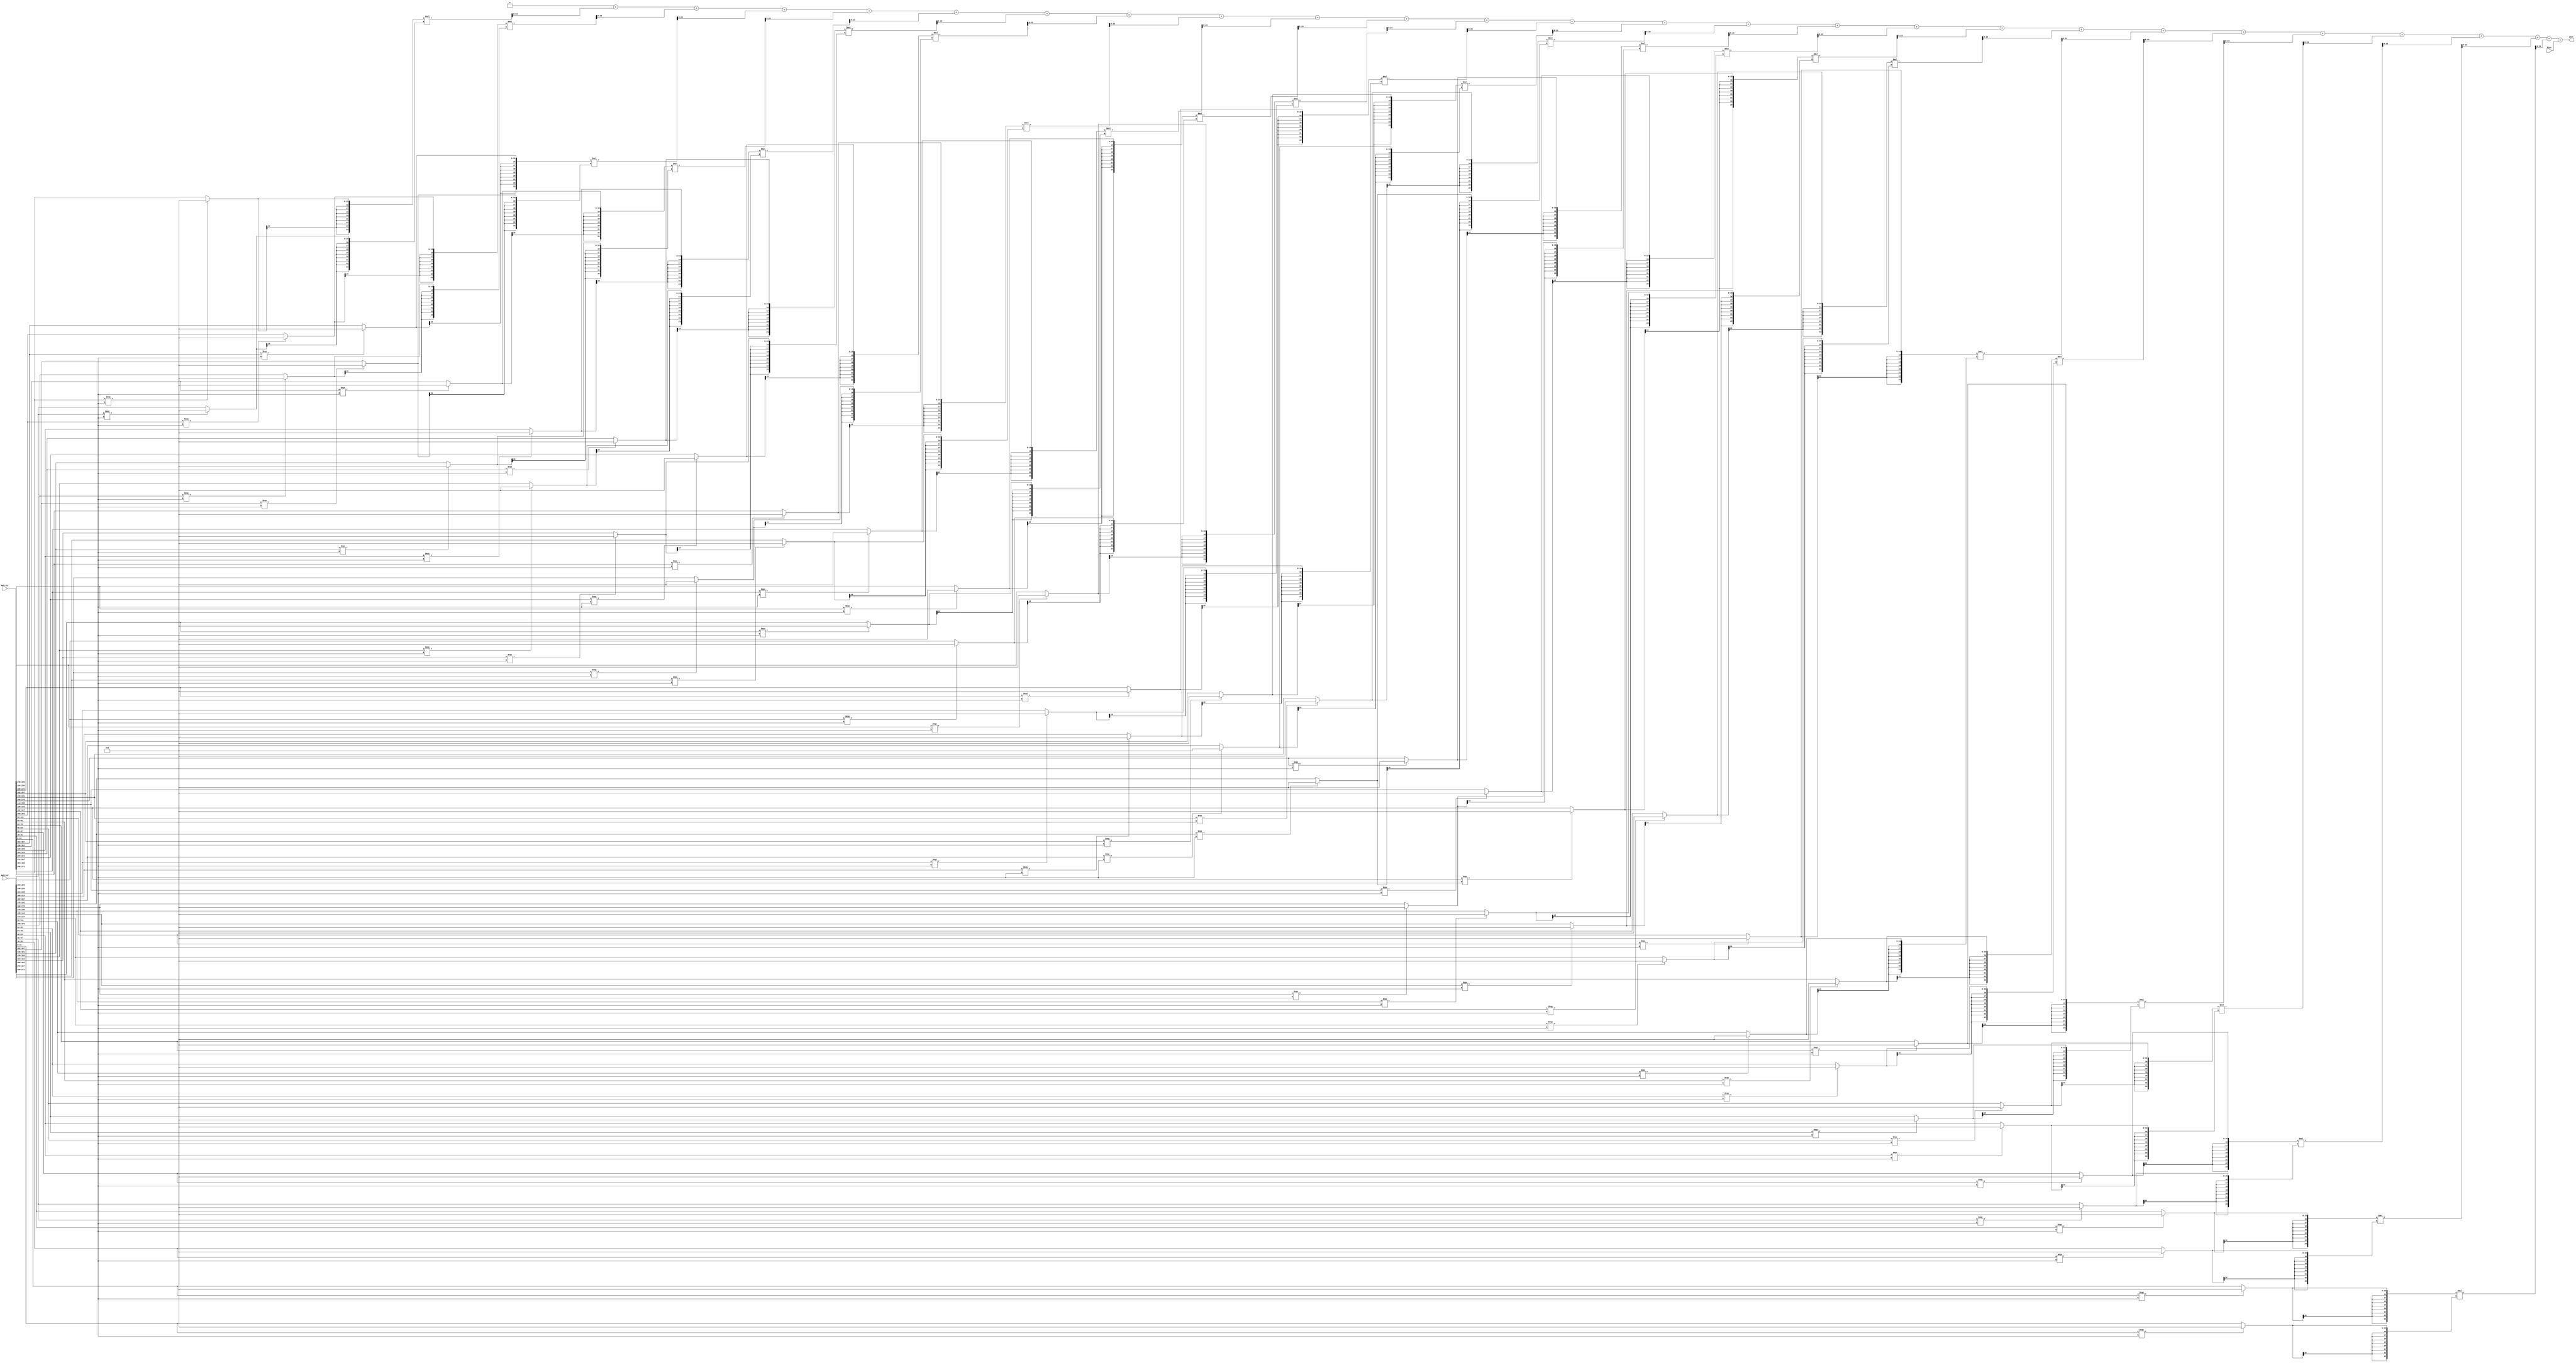
`timescale 1ns / 1ps

`define LENGTH 5
`define WIDTH 5
`define DATA_SIZE 16

module multi_add(
    matrix1, matrix2, bias, dout
    );
    // Inputs
    input signed [`DATA_SIZE*`LENGTH*`WIDTH-1:0] matrix1;
    input signed [`DATA_SIZE*`LENGTH*`WIDTH-1:0] matrix2;
    input signed[`DATA_SIZE-1:0] bias;

    // Output
    output [`DATA_SIZE-1:0] dout;
    
    // Internal registers and wires
    reg [2*`DATA_SIZE-1:0] temp;
    reg sign;
    reg signed [`DATA_SIZE-1:0] item1;
    reg signed [`DATA_SIZE-1:0] item2;
    reg signed [2*(`DATA_SIZE-1)-1:0] midvalue;
    reg [`DATA_SIZE-1:0] result;

    integer i = 0;
    integer data_begin = 0;
    
    // Assigning the output
    assign dout = result;
    
    // Combinational logic
    always@(*)
    begin
        // Initializing registers and wires
        temp = 16'b0;
        sign = 1'b0;
        item1 = 16'b0;
        item2 = 16'b0;
        midvalue = 16'b0;

        // Iterating over the matrices
        for(i = 0; i < `LENGTH*`WIDTH; i = i + 1)
        begin
            // Determining the starting index for the current data chunk
            data_begin = `DATA_SIZE * (`LENGTH * `WIDTH - i) - 1;

            // Extracting data from matrix1 and matrix2
            item1 = matrix1[data_begin-:`DATA_SIZE];
            item2 = matrix2[data_begin-:`DATA_SIZE];

            // Checking for unknown values (all 'x')
            // and replacing them with zeros
            if (item1 === 16'bxxxxxxxxxxxxxxxx)
                item1 = 0;
            if (item2 === 16'bxxxxxxxxxxxxxxxx)
                item2 = 0;

            // Performing multiplication and shifting right by 8 bits
            midvalue = ({{8{item1[`DATA_SIZE-1]}},item1[`DATA_SIZE-1:0]} * {{8{item2[`DATA_SIZE-1]}},item2[`DATA_SIZE-1:0]}) >>> 8;

            // Accumulating intermediate results
            temp = temp + midvalue;
        end

        // Adding bias to the accumulated result
        result = temp + bias;
    end
endmodule